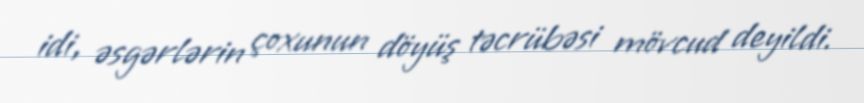
idi, əsgərlərin çoxunun döyüş təcrübəsi mövcud deyildi.